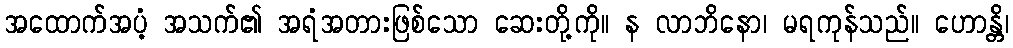
အထောက်အပံ့ အသက်၏ အရံအတားဖြစ်သော ဆေးတို့ကို။ န လာဘိနော၊ မရကုန်သည်။ ဟောန္တိ၊